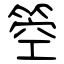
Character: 箜